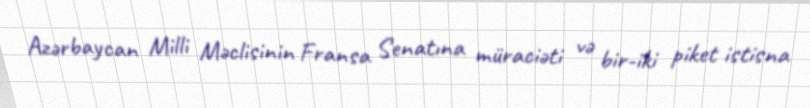
Azərbaycan Milli Məclisinin Fransa Senatına müraciəti və bir-iki piket istisna